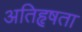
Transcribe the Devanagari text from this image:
अतिहृषता